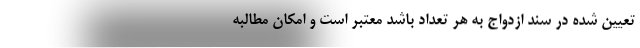
تعیین شده در سند ازدواج به هر تعداد باشد معتبر است و امکان مطالبه